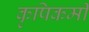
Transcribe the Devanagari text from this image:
कृषिकर्मी